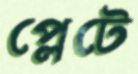
প্লেটে